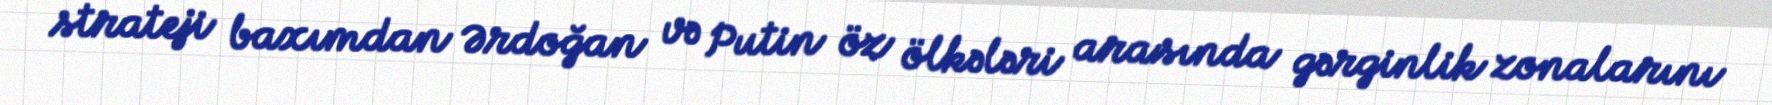
strateji baxımdan Ərdoğan və Putin öz ölkələri arasında gərginlik zonalarını